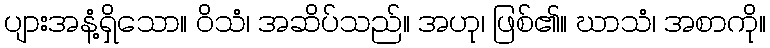
ပျားအနံ့ရှိသော။ ဝိသံ၊ အဆိပ်သည်။ အဟု၊ ဖြစ်၏။ ဃာသံ၊ အစာကို။